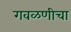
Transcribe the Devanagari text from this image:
गवळणीचा